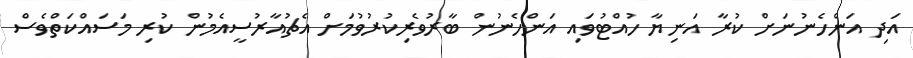
އަދި އަންހެނުނަށް ކުރާ އަނިޔާ ހުއްޓުވައި އަންހެނުން ބާރުވެރިކުރުވުމަށް އެޗުއާރުސީއެމުން ކުރި މަސައްކަތްވެސް